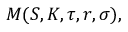
M ( S , K , \tau , r , \sigma ) ,